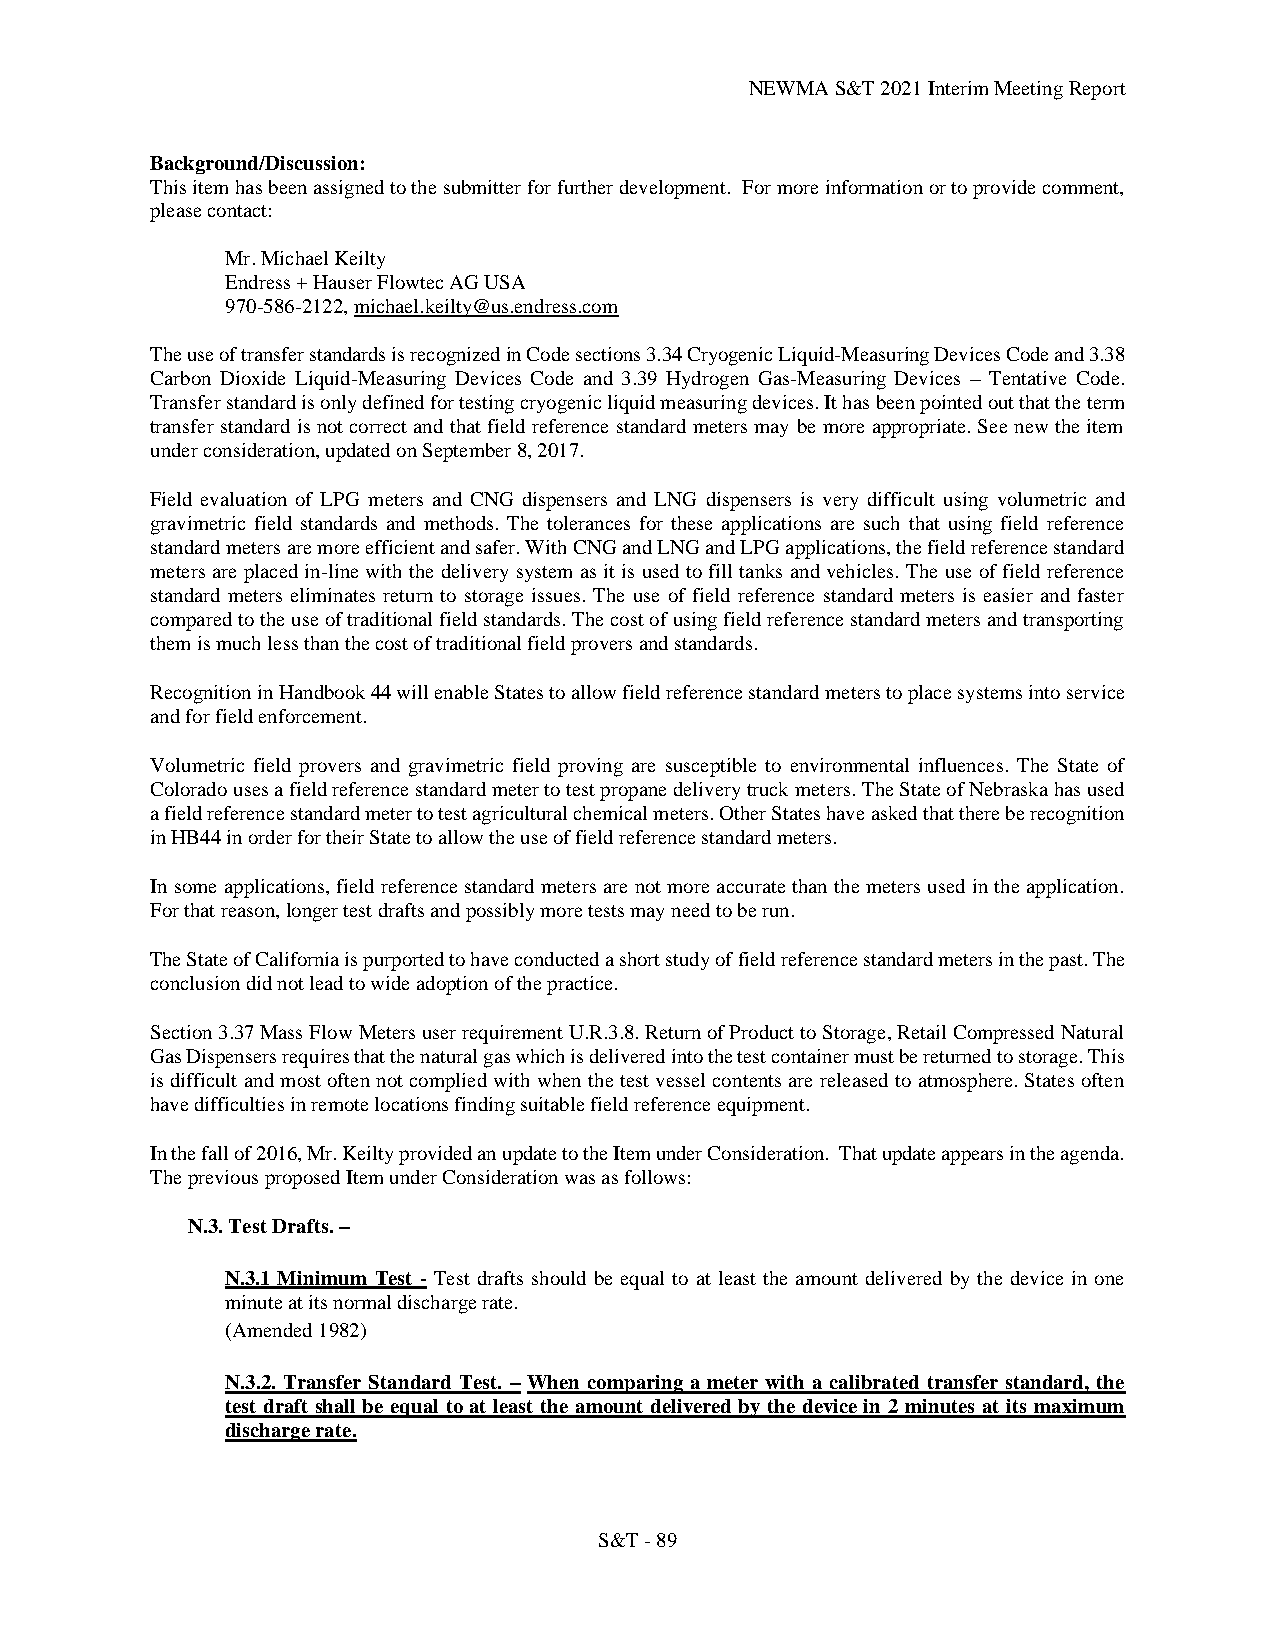
NEWMA S&T 2021 Interim Meeting Report
 Background/Discussion:
 This item has been assigned to the submitter for further development. For more information or to provide comment,
 please contact:
 Mr. Michael Keilty
 Endress + Hauser Flowtec AG USA
 970-586-2122, michael.keilty@us.endress.com
 The use of transfer standards is recognized in Code sections 3.34 Cryogenic Liquid-Measuring Devices Code and 3.38
 Carbon Dioxide Liquid-Measuring Devices Code and 3.39 Hydrogen Gas-Measuring Devices – Tentative Code.
 Transfer standard is only defined for testing cryogenic liquid measuring devices. It has been pointed out that the term
 transfer standard is not correct and that field reference standard meters may be more appropriate. See new the item
 under consideration, updated on September 8, 2017.
 Field evaluation of LPG meters and CNG dispensers and LNG dispensers is very difficult using volumetric and
 gravimetric field standards and methods. The tolerances for these applications are such that using field reference
 standard meters are more efficient and safer. With CNG and LNG and LPG applications, the field reference standard
 meters are placed in-line with the delivery system as it is used to fill tanks and vehicles. The use of field reference
 standard meters eliminates return to storage issues. The use of field reference standard meters is easier and faster
 compared to the use of traditional field standards. The cost of using field reference standard meters and transporting
 them is much less than the cost of traditional field provers and standards.
 Recognition in Handbook 44 will enable States to allow field reference standard meters to place systems into service
 and for field enforcement.
 Volumetric field provers and gravimetric field proving are susceptible to environmental influences. The State of
 Colorado uses a field reference standard meter to test propane delivery truck meters. The State of Nebraska has used
 a field reference standard meter to test agricultural chemical meters. Other States have asked that there be recognition
 in HB44 in order for their State to allow the use of field reference standard meters.
 In some applications, field reference standard meters are not more accurate than the meters used in the application.
 For that reason, longer test drafts and possibly more tests may need to be run.
 The State of California is purported to have conducted a short study of field reference standard meters in the past. The
 conclusion did not lead to wide adoption of the practice.
 Section 3.37 Mass Flow Meters user requirement U.R.3.8. Return of Product to Storage, Retail Compressed Natural
 Gas Dispensers requires that the natural gas which is delivered into the test container must be returned to storage. This
 is difficult and most often not complied with when the test vessel contents are released to atmosphere. States often
 have difficulties in remote locations finding suitable field reference equipment.
 In the fall of 2016, Mr. Keilty provided an update to the Item under Consideration. That update appears in the agenda.
 The previous proposed Item under Consideration was as follows:
 N.3. Test Drafts. –
 N.3.1 Minimum Test - Test drafts should be equal to at least the amount delivered by the device in one
 minute at its normal discharge rate.
 (Amended 1982)
 N.3.2. Transfer Standard Test. – When comparing a meter with a calibrated transfer standard, the
 test draft shall be equal to at least the amount delivered by the device in 2 minutes at its maximum
 discharge rate.
 S&T - 89